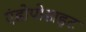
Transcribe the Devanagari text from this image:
एंडोपोडाइट